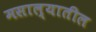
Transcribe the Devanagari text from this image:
मसाल्यातील